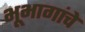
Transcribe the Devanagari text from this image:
भूभागांचे